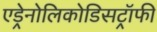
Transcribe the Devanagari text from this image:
एड्रेनोलिकोडिसट्रॉफी